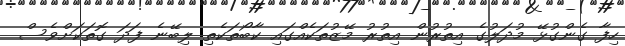
ހިފާ ގެންގުޅޭ މުދަލުގެ އިތުރުން އިތުރު މޭޒުތަކެއްގައި ކާބޯތަކެތި ލިބޭނެ ފަދަ ގޮތަކަށްވެސް